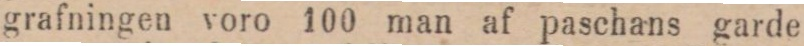
grafningen voro 100 man af paschans garde